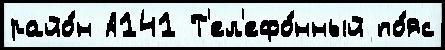
райо́н А141 Т'ел'ефо́нный по́яс